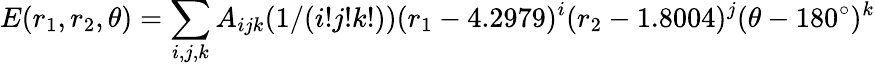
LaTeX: E(r_{1},r_{2},\theta)=\sum_{i,j,k}A_{ijk}(1/(i!j!k!))(r_{1}-4.2979)^{i}(r_{2}-1.8004)^{j}(\theta-180^{\circ})^{k}